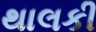
થાલકી